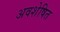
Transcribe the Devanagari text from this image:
अवशेषित